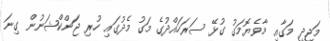
މަޖީދީ މަގާއި މާވެޔޮމަގު ގުޅޭ ސަރަހައްދުގެ މަގު މެދުގައި ހުރި ޖަންކްޝަނުން ގިނަ